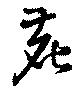
鹿